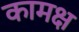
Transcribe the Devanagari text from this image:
कामक्ष